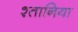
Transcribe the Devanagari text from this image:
श्तानिया